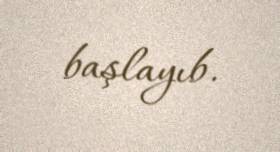
başlayıb.